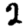
Digit: 2